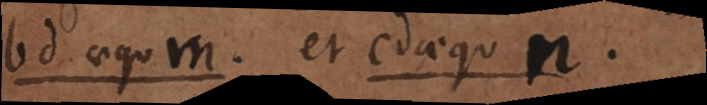
bd aequ. m. et cd aequ. n.